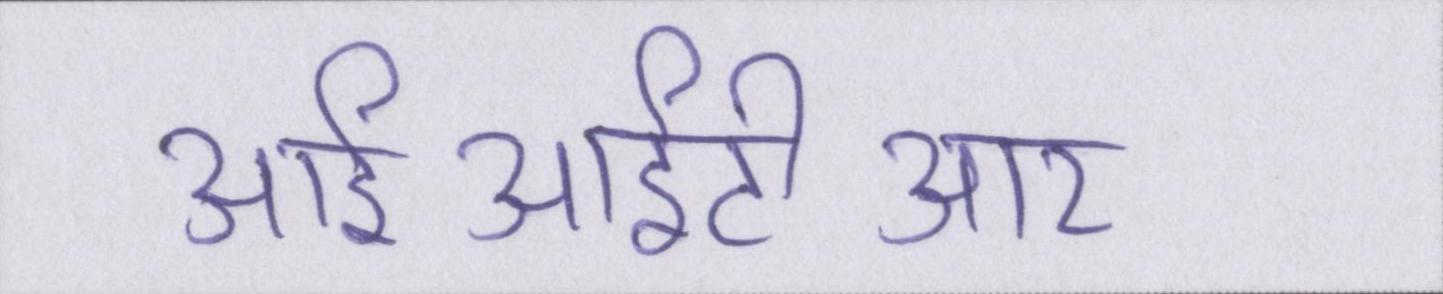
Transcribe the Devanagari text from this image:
आईआईटीआर